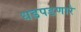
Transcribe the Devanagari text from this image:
धडपडणारे